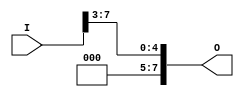
module shift3right_8bit(I, O);
	input [7:0] I;
	output [7:0] O;
	genvar i;
	
	generate 
		for(i=7; i>=3; i=i-1) begin: block1 
			buf b1(O[i-3], I[i]);
		end
	endgenerate
	and a1(O[7], I[2], 1'b0);
	and a2(O[6], I[1], 1'b0);
	and a3(O[5], I[0], 1'b0);
	
endmodule